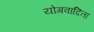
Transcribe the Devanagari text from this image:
योगवादिता